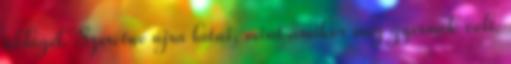
üldögél. Szeretne újra látni, mint amikor még gyermek volt.